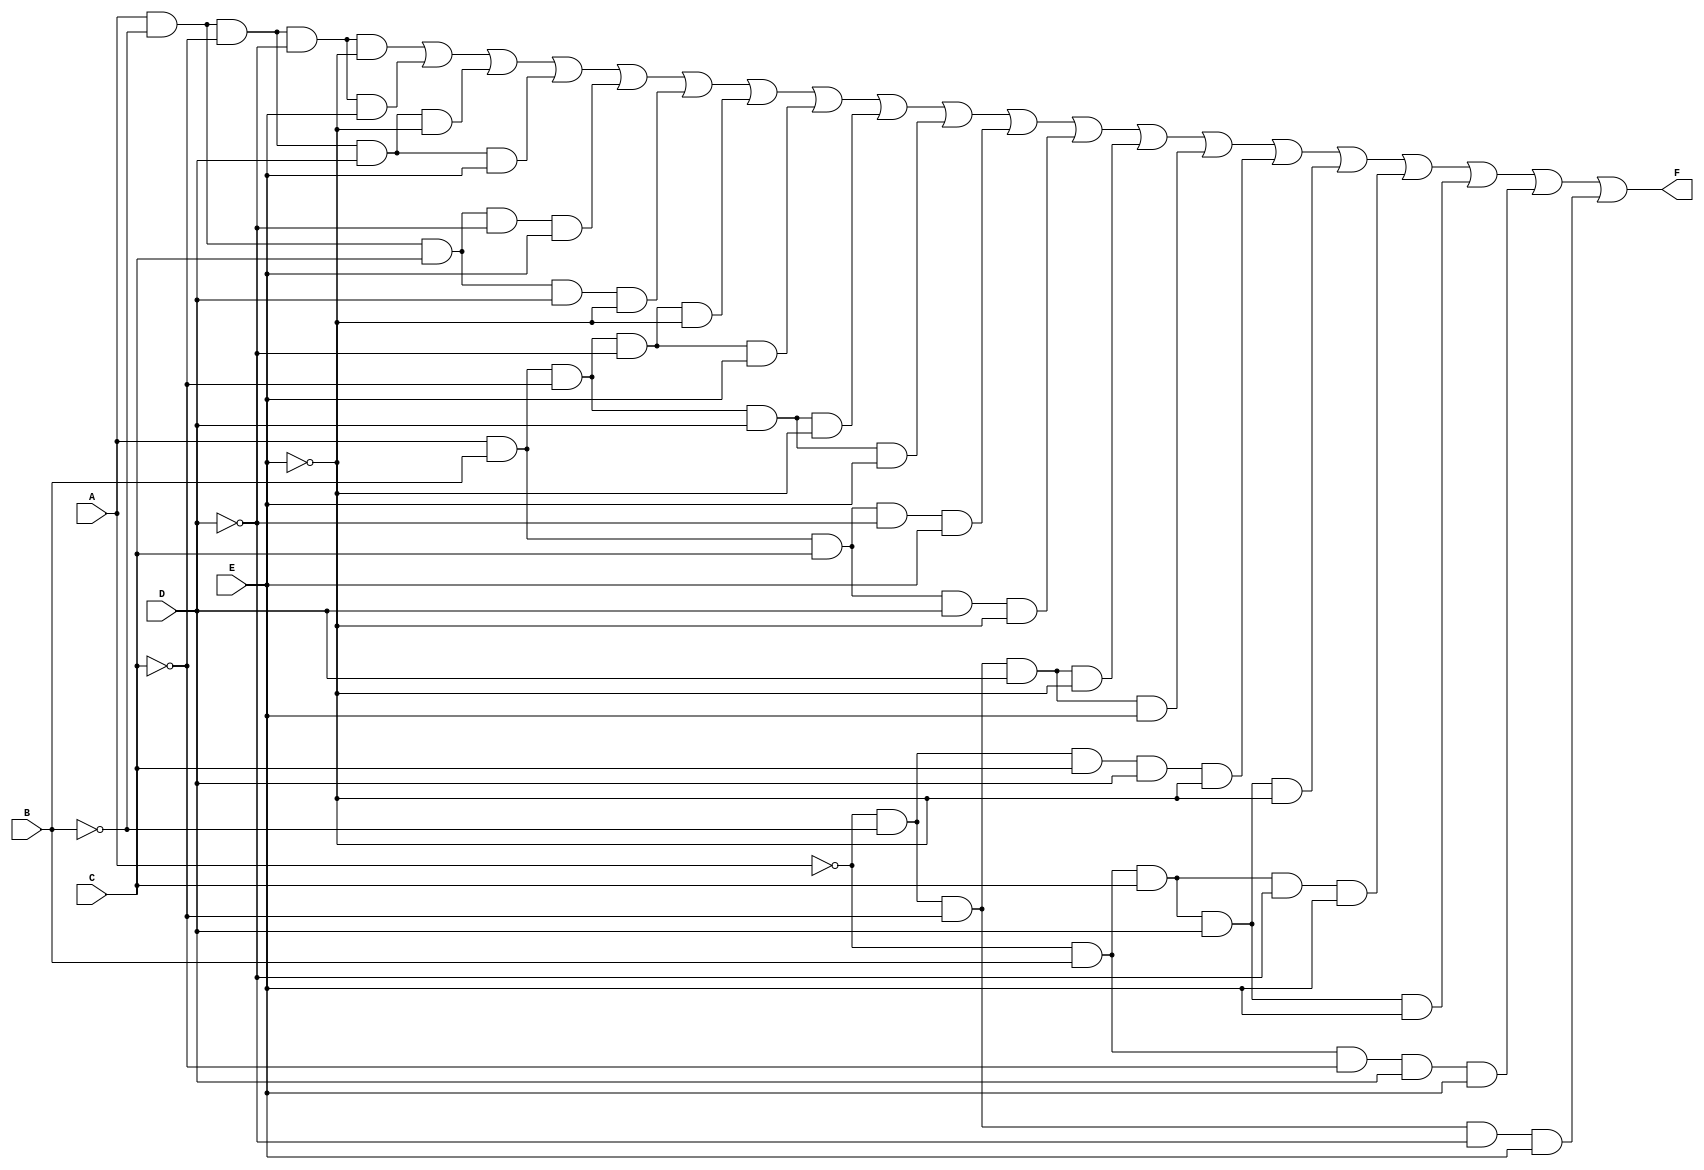
module five_variable_kmap (
    input wire A,  // Input variable A
    input wire B,  // Input variable B
    input wire C,  // Input variable C
    input wire D,  // Input variable D
    input wire E,  // Input variable E
    output wire F  // Output function F
);

// K-map implementation based on the identified minterms
assign F = (A & ~B & ~C & ~D & ~E) |  // minterm 0
           (A & ~B & ~C & ~D & E)  |  // minterm 1
           (A & ~B & ~C & D & ~E)  |  // minterm 2
           (A & ~B & ~C & D & E)   |  // minterm 3
           (A & ~B & C & ~D & E)   |  // minterm 5
           (A & ~B & C & D & ~E)   |  // minterm 7
           (A & B & ~C & ~D & ~E)  |  // minterm 8
           (A & B & ~C & ~D & E)   |  // minterm 9
           (A & B & ~C & D & ~E)   |  // minterm 10
           (A & B & ~C & D & E)    |  // minterm 11
           (A & B & C & ~D & E)    |  // minterm 13
           (A & B & C & D & ~E)    |  // minterm 15
           (~A & ~B & ~C & D & ~E) |  // minterm 16
           (~A & ~B & ~C & D & E)  |  // minterm 17
           (~A & ~B & C & D & ~E)  |  // minterm 19
           (~A & B & C & D & ~E)   |  // minterm 23
           (~A & B & C & ~D & E)   |  // minterm 24
           (~A & B & C & D & E)    |  // minterm 25
           (~A & B & ~C & D & E)   |  // minterm 27
           (~A & ~B & ~C & ~D & E); // minterm 31

endmodule